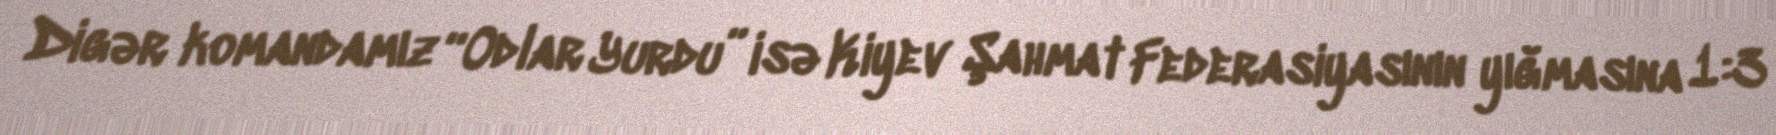
Digər komandamız “Odlar Yurdu” isə Kiyev Şahmat Federasiyasının yığmasına 1:3